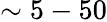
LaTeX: \sim 5-50